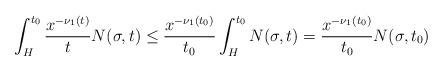
LaTeX: \begin{align*} \int_{H}^{t_0}\frac{x^{-\nu_1(t)}}{t}N(\sigma, t)\le \frac{x^{-\nu_1(t_0)}}{t_0}\int_H^{t_0}N(\sigma, t) = \frac{x^{-\nu_1(t_0)}}{t_0}N(\sigma, t_0)\end{align*}